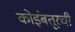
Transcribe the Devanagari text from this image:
कोइंबतूरची